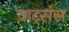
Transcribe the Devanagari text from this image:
वाट्संस